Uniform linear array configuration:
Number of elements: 12
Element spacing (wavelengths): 0.75
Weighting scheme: binomial
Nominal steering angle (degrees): -30
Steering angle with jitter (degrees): -29.338
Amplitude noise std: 0.05
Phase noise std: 0.05

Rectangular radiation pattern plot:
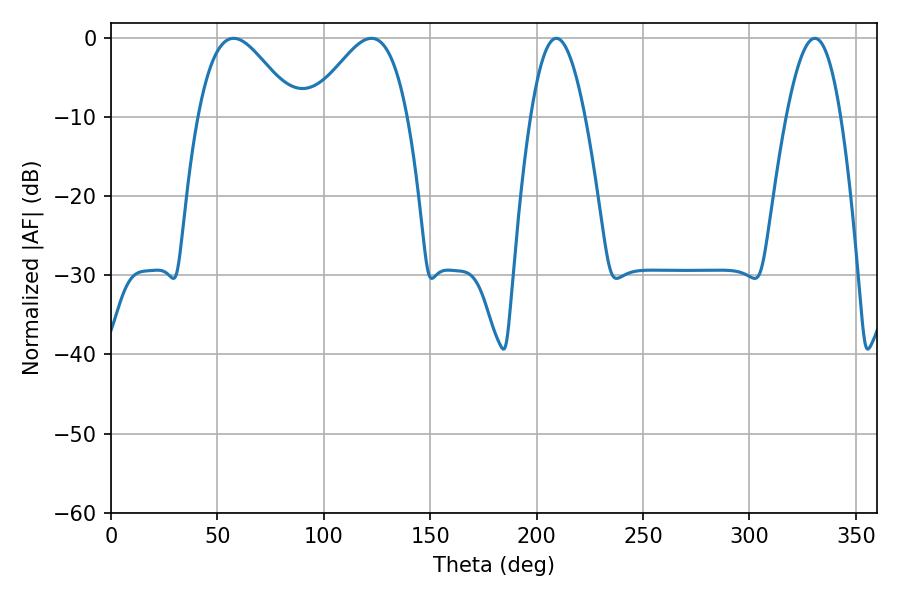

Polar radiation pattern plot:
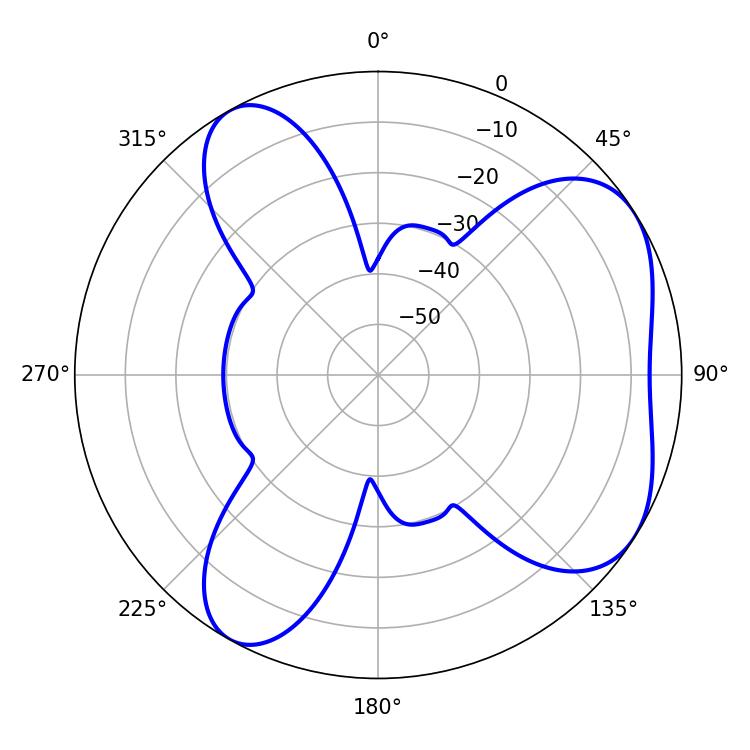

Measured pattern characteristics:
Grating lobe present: TRUE
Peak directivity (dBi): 5.448
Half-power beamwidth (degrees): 24.3
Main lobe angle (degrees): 57.6